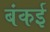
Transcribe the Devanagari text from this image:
बंकई